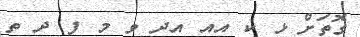
ގޮތަށް ޅ ކ އއ އދ ވ މ ފ ދ ތ